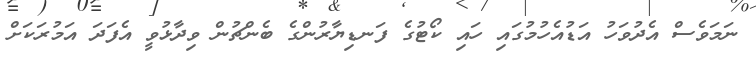
ނަމަވެސް އެދުވަހު އަޑުއެހުމުގައި ހައި ކޯޓުގެ ފަނޑިޔާރުންގެ ބެންޗުން ވިދާޅުވީ އެފަދަ އަމުރަކަށް